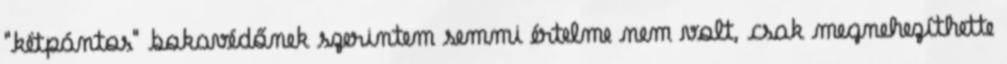
"kétpántos" bokavédőnek szerintem semmi értelme nem volt, csak megnehezíthette